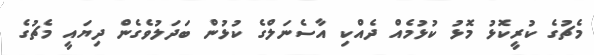
މެޗުގެ ކުރީކޮޅު މޮޅު ކުޅުމެއް ދެއްކި އާސެނަލްގެ ކުޅުން ބަދަލުވެގެން ދިޔައީ މެޗުގެ